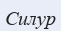
Силур